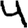
Digit: 4